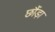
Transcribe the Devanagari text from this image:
छौंड़ा